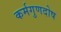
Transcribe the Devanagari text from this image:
कर्मगुणदोष